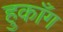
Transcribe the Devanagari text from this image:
हुकाँग